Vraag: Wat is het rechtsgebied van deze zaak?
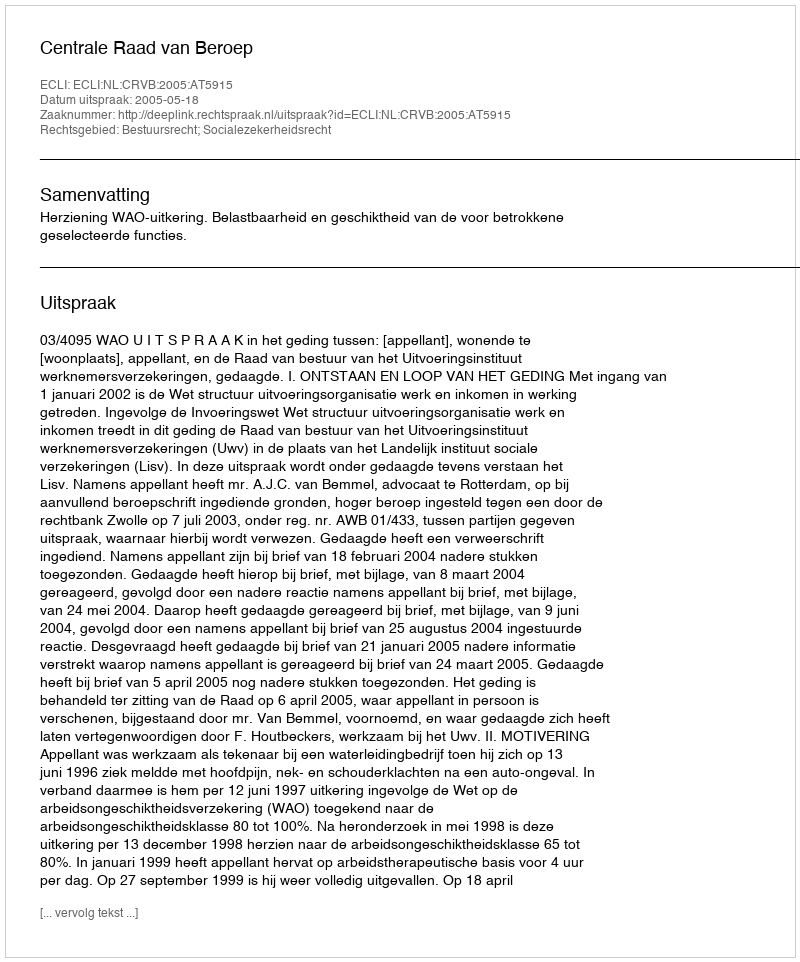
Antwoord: Bestuursrecht; Socialezekerheidsrecht